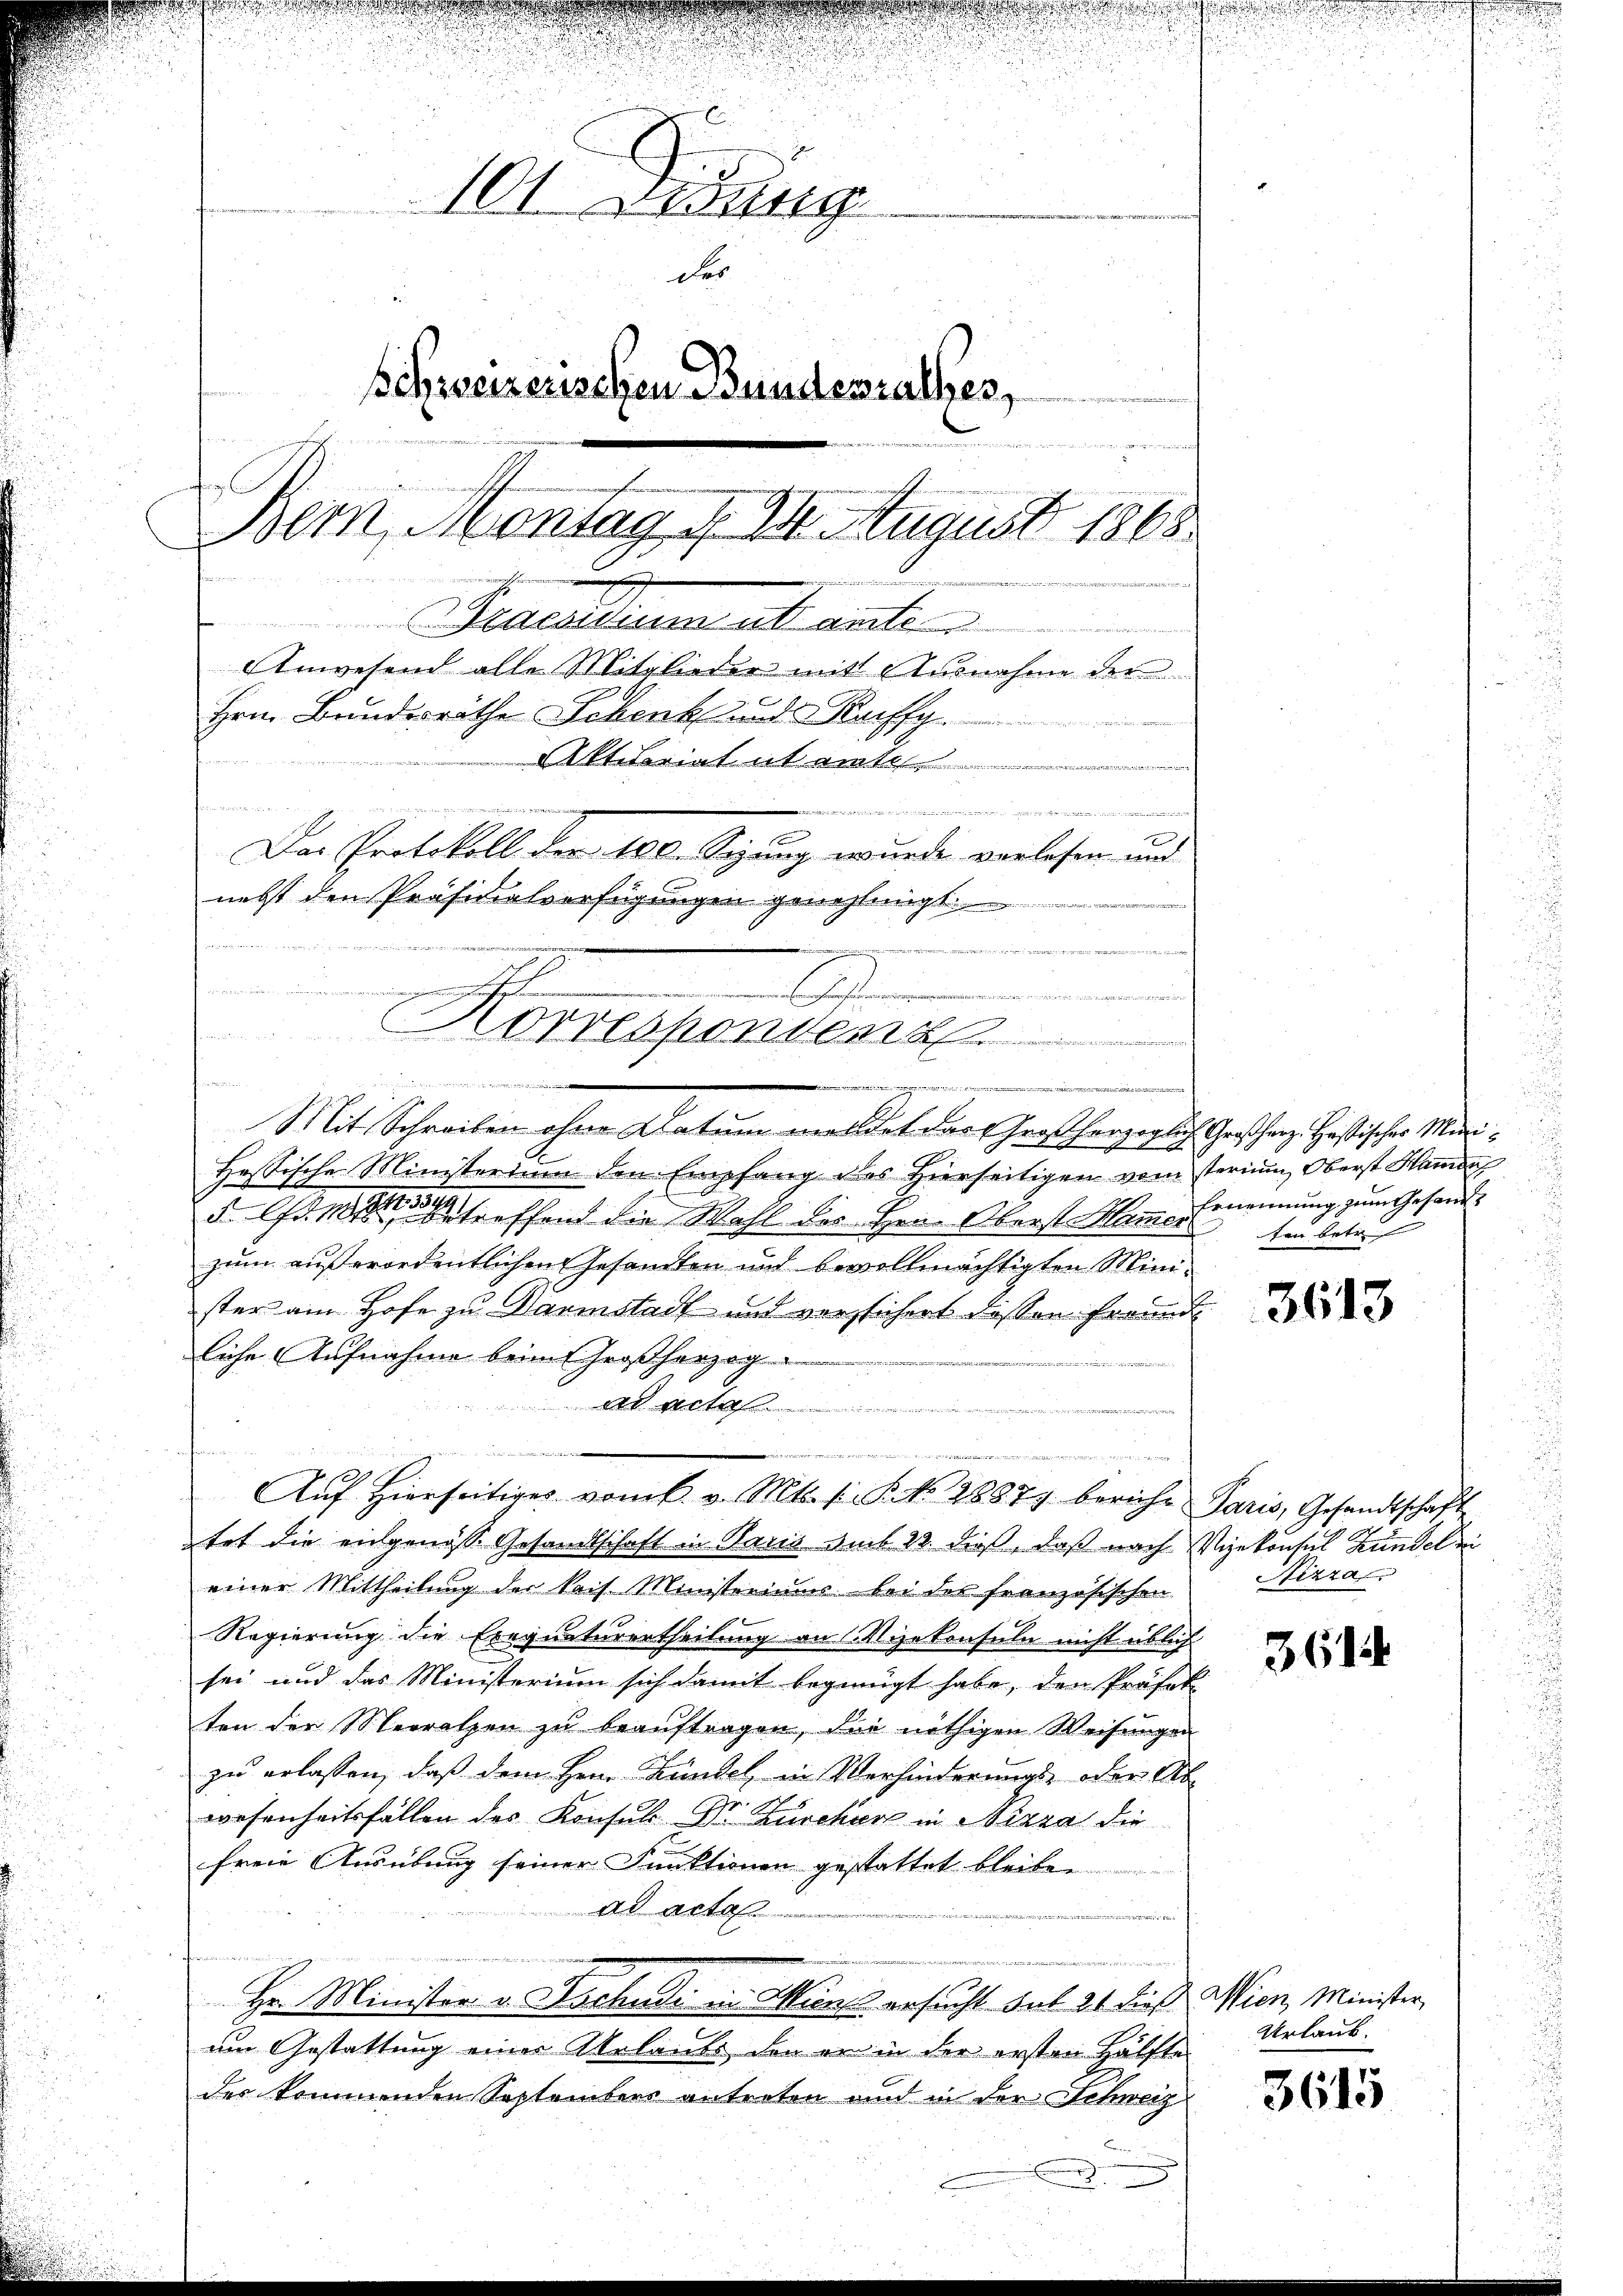
i
101. Jung
Fes
schweizerischen Bundesrathes,
e
a
Bern, Montag d. 24. August 1868
.
e
ü
raesidium et ainte
Anwesend alle Mitglieder mit Ausnahme der
Hrn. Bundesräthe Schenk und Kuffg
Aktuariat et amt
e
e
 ..  ..  ..
Das Protokoll der 180. Segung wurde verlesen und
nebst den Präsidialverfügungen genehmigt.

1245,
 G de
mungen
5
.
E
g
t
Norresponden

iner Mann er
finan
                          22
Mit Schreiben ohne Datum meldet das Großherzoglich Großherz. Hastischer Mini¬

Hessische Ministerium den Empfang des Hierseitigen vom sterium, Oberst Hande
d treffend die Wahl des Hrn. Oberst Hammer sin betre
zum außerordentlichen Gesandten und bevollmächtigten Minister am Hofe zu Darmstadt und versichert dessen Freund
liche Aufnahme beim Großherzog
A
tet die engenoss Gesandtschaft in Paris am 22. dieß, daß nach Vizekonsul Kundel ei
einer Mittheilung der kais. Ministeriums bei der französischen Nizza
Regierung die Exequaturertheilung an Vizekonsuln nicht üblich
sei und das Ministerium sich damit begnügt habe, den Präfek
ten der Merrathen zu beauftragen, die nöthigen Weisungen
zu erlassen, daß dem Herrn Kundel in Verhinderungs- oder Ab-
wesenheitsfällen des Konsul Dr. Kurchart in Nizza die
freie Ausübung seiner Funktionen gestattet bleiben
ad acte
Hr. Minister v. Tschudi in Zins ersucht des 21 dieß Wien, Minister,
um Gestattung einer Urlaubs den er in der ersten Hälfte
des kommenden Septembers antreten und in der Schweiz
.

e
n in einen
Aŭf Hierseitiges vom 6. v. Mts. s P. Nr. 2887) beriche Paris, Gesandtschaft

Ernennung zum Gesand¬

3613

3614

Urlaub.

3615